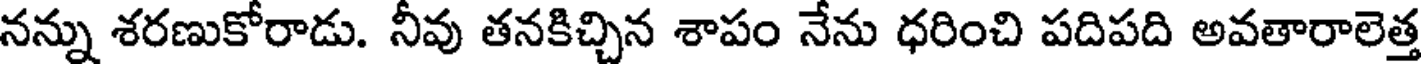
నన్ను శరణుకోరాడు. నీవు తనకిచ్చిన శాపం నేను ధరించి పదిపది అవతారాలెత్త